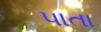
પાતા